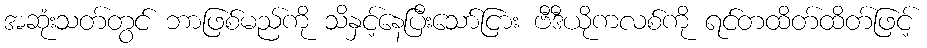
အဆုံးသတ်တွင် ဘာဖြစ်မည်ကို သိနှင့်နေပြီးသော်ငြား ဗီဒီယိုကလစ်ကို ရင်တထိတ်ထိတ်ဖြင့်